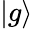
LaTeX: |g\rangle